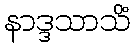
နာဒ္ဒသာသိံ